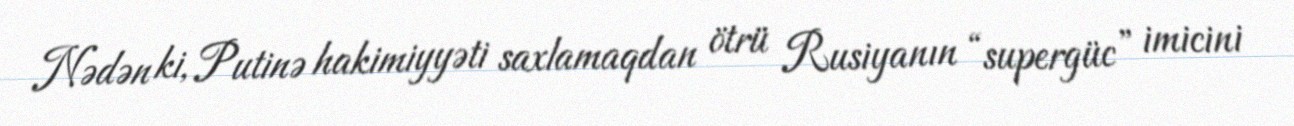
Nədən ki, Putinə hakimiyyəti saxlamaqdan ötrü Rusiyanın “supergüc” imicini